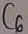
Text: C6